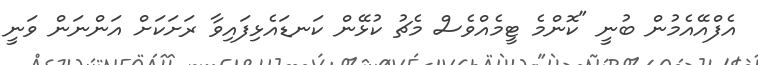
އެފްއޭއެމުން ބުނީ "ކޮންމެ ޓީމެއްވެސް މެޗު ކުޅޭން ކަނޑައެޅިފައިވާ ރަށަކަށް އަންނަން ވަނީ